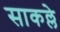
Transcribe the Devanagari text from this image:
साकल्ले